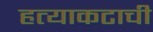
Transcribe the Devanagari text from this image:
हत्याकटाची